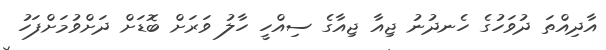
އާދިއްތަ ދުވަހުގެ ހެނދުނު ޖިއާ ޖިއާގެ ސިއްހީ ހާލު ވަރަށް ބޮޑަށް ދަށްވުމަށްފަހު